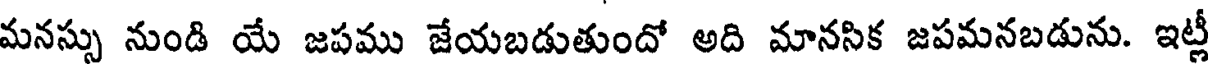
మనస్సు నుండి యే జపము జేయబడుతుందో అది మానసిక జపమనబడును. ఇట్ట